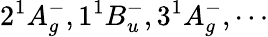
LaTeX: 2^{1}A_{g}^{-},1^{1}B_{u}^{-},3^{1}A_{g}^{-},\cdots